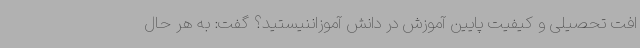
افت تحصیلی و کیفیت پایین آموزش در دانش آموزاننیستید؟ گفت: به هر حال